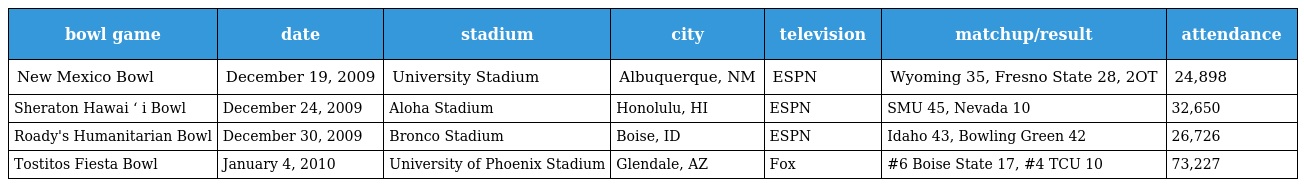
| bowl game | date | stadium | city | television | matchup/result | attendance |
 | --- | --- | --- | --- | --- | --- | --- |
 | New Mexico Bowl | December 19, 2009 | University Stadium | Albuquerque, NM | ESPN | Wyoming 35, Fresno State 28, 2OT | 24,898 |
 | Sheraton Hawai ʻ i Bowl | December 24, 2009 | Aloha Stadium | Honolulu, HI | ESPN | SMU 45, Nevada 10 | 32,650 |
 | Roady's Humanitarian Bowl | December 30, 2009 | Bronco Stadium | Boise, ID | ESPN | Idaho 43, Bowling Green 42 | 26,726 |
 | Tostitos Fiesta Bowl | January 4, 2010 | University of Phoenix Stadium | Glendale, AZ | Fox | #6 Boise State 17, #4 TCU 10 | 73,227 |